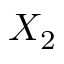
X _ { 2 }